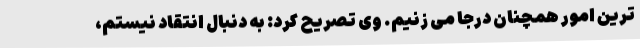
ترین امور همچنان درجا می زنیم. وی تصریح کرد: به دنبال انتقاد نیستم،